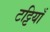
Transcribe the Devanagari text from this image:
टट्टियाँ